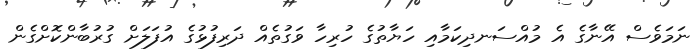
ނަމަވެސް އޭނާގެ އެ މުއްސަނދިކަމާއި ހަޔާތުގެ ހުރިހާ ވަގުތެއް ދަރިފުޅުގެ އުފަލަށް ގުރުބާންކޮށްގެން